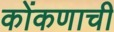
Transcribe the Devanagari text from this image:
कोंकणाची